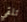
تلقى